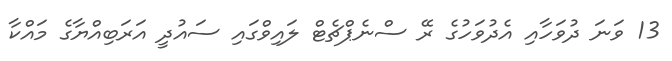
13 ވަނަ ދުވަހާއި އެދުވަހުގެ ރޭ ސްނެޕްޗެޓް ލައިވްގައި ސައުދީ އަރަބިއްޔާގެ މައްކާ